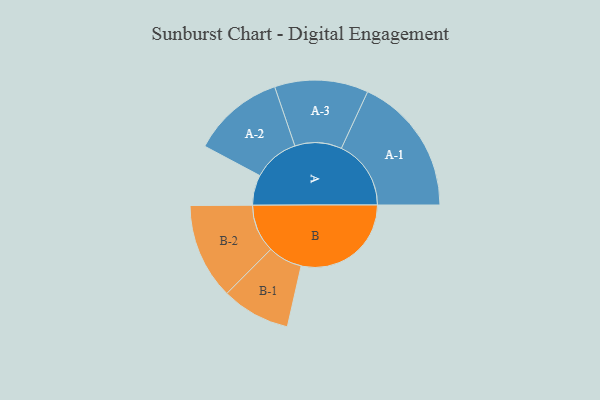
{"axis": {"x": "Segment", "y": "Value"}, "legend": ["", "A", "B"], "data": [{"x": "A", "y": 126, "type": ""}, {"x": "B", "y": 458, "type": ""}, {"x": "A-1", "y": 290, "type": "A"}, {"x": "A-2", "y": 192, "type": "A"}, {"x": "A-3", "y": 195, "type": "A"}, {"x": "B-1", "y": 143, "type": "B"}, {"x": "B-2", "y": 200, "type": "B"}]}